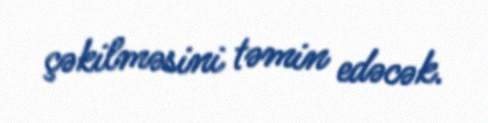
çəkilməsini təmin edəcək.